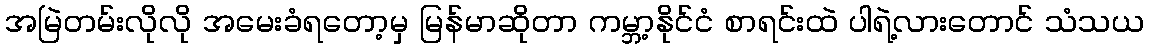
အမြဲတမ်းလိုလို အမေးခံရတော့မှ မြန်မာဆိုတာ ကမ္ဘာ့နိုင်ငံ စာရင်းထဲ ပါရဲ့လားတောင် သံသယ